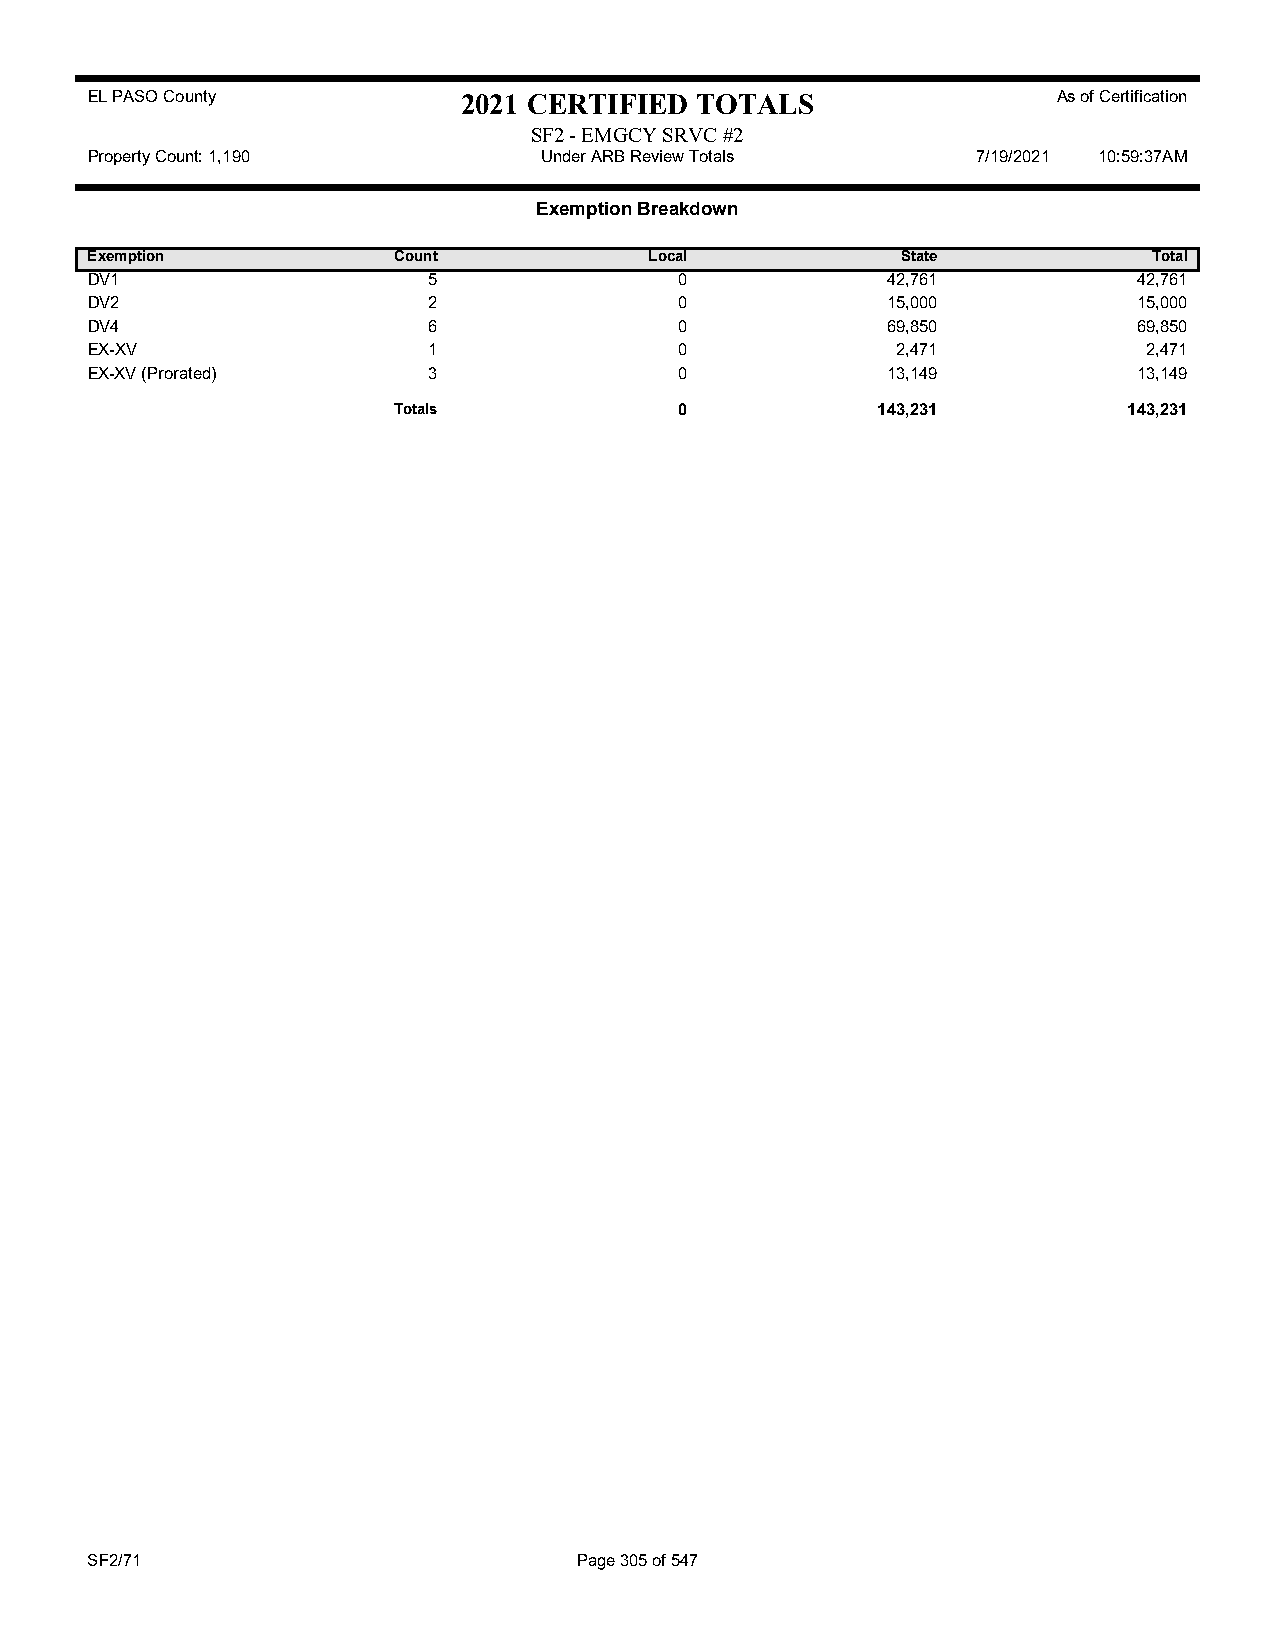
EL PASO County           2021 CERTIFIED TOTALS                  As of Certification
 SF2 - EMGCY SRVC #2
 Property Count: 1,190         Under ARB Review Totals      7/19/2021 10:59:37AM
 Exemption Breakdown
 Exemption           Count            Local            State           Total
 DV1                   5                0             42,761          42,761
 DV2                   2                0             15,000          15,000
 DV4                   6                0             69,850          69,850
 EX-XV                 1                0             2,471            2,471
 EX-XV (Prorated)      3                0             13,149          13,149
 Totals             0            143,231          143,231
 SF2/71                          Page 305 of 547